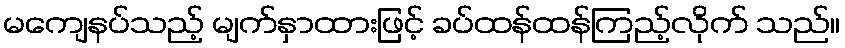
မကျေနပ်သည့် မျက်နှာထားဖြင့် ခပ်ထန်ထန်ကြည့်လိုက် သည်။